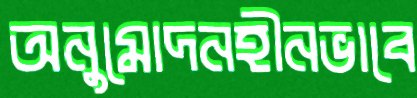
অনুমোদনহীনভাবে